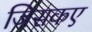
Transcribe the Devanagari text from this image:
जिसकए